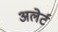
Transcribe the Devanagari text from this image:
अलेर्ट